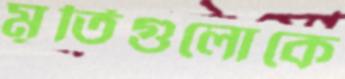
মূর্তিগুলোকে